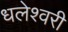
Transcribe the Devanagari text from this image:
धलेश्वरी